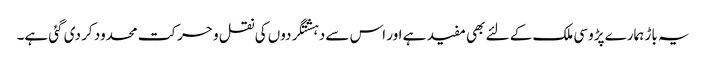
یہ باڑ ہمارے پڑوسی ملک کے لئے بھی مفید ہے اور اس سے دہشتگردوں کی نقل و حرکت محدود کر دی گئی ہے۔